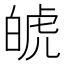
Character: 𤽾